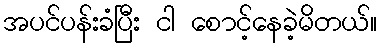
အပင်ပန်းခံပြီး ငါ စောင့်နေခဲ့မိတယ်။